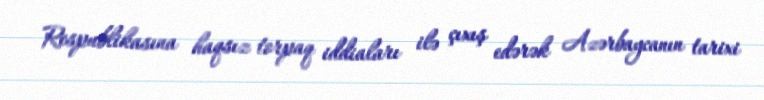
Respublikasına haqsız torpaq iddiaları ilə çıxış edərək Azərbaycanın tarixi